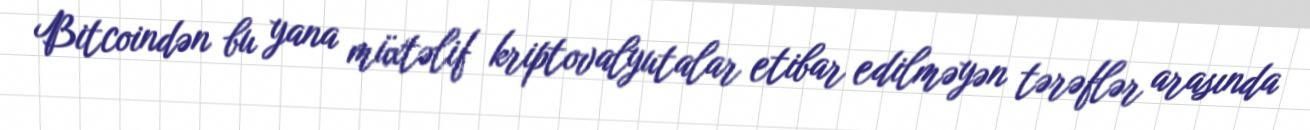
Bitcoindən bu yana müxtəlif kriptovalyutalar etibar edilməyən tərəflər arasında